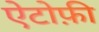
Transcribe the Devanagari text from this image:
ऐटोफ़ी